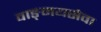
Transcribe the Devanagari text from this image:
वाङ्‌मयसेवा